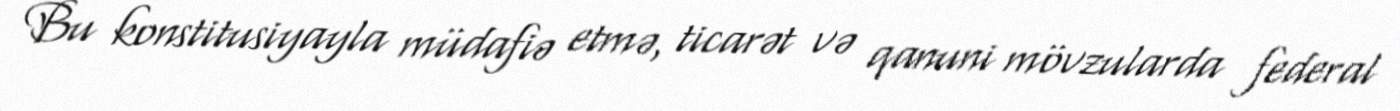
Bu konstitusiyayla müdafiə etmə, ticarət və qanuni mövzularda federal